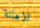
الاهانة